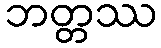
ဘတ္တဿ